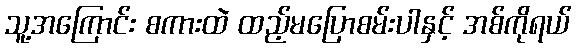
သူ့အကြောင်း စကားထဲ ထည့်မပြောစမ်းပါနှင့် အစ်ကိုရယ်